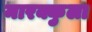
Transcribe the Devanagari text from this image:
मारक्कुला